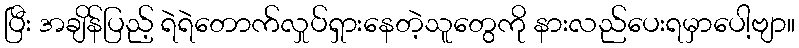
ပြီး အချိန်ပြည့် ရဲရဲတောက်လှုပ်ရှားနေတဲ့သူတွေကို နားလည်ပေးရမှာပေါ့ဗျာ။